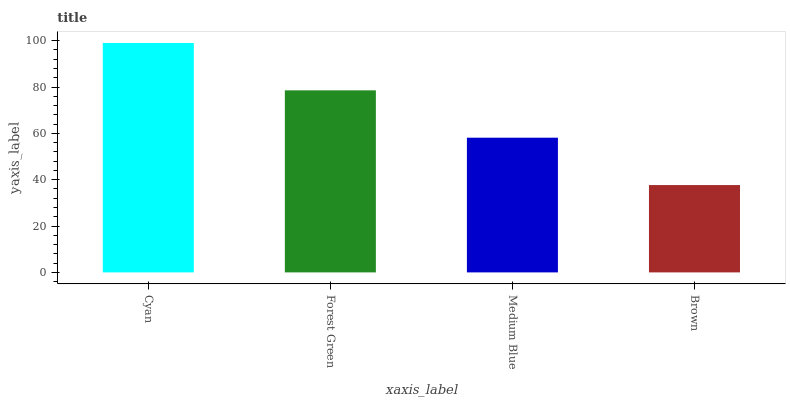
| xaxis_label | bars |
 | --- | --- |
 | Cyan | 99 |
 | Forest Green | 78.6 |
 | Medium Blue | 58.1 |
 | Brown | 37.7 |